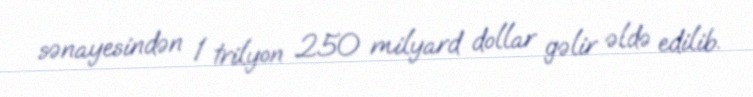
sənayesindən 1 trilyon 250 milyard dollar gəlir əldə edilib.